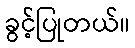
ခွင့်ပြုတယ်။